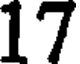
17